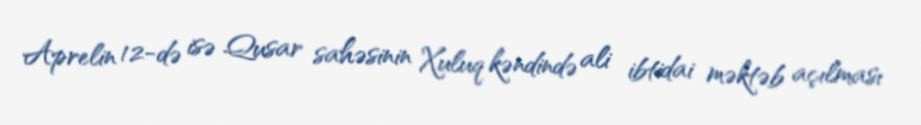
Aprelin 12-də isə Qusar sahəsinin Xuluq kəndində ali ibtidai məktəb açılması